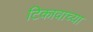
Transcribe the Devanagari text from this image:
टिकावाच्या